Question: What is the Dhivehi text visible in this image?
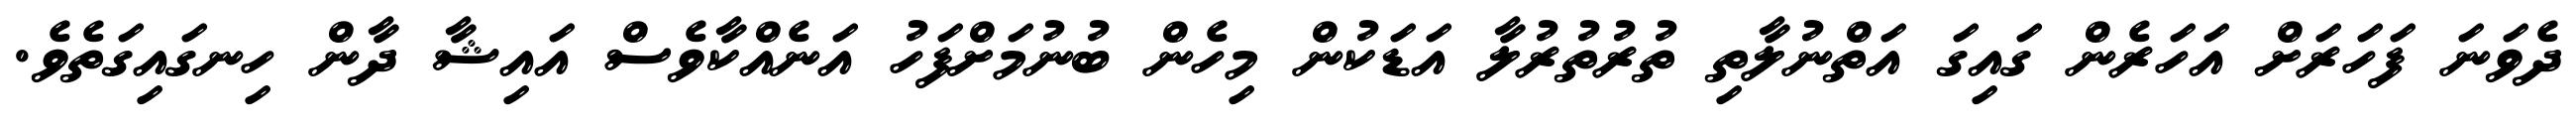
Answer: ދެވަނަ ފަހަރަށް އަހަރެން ގައިގަ އަތްނުލާތި ތުރުތުރުލާ އަޑަކުން މިހެން ބުނުމަށްފަހު އަނެއްކާވެސް އައިޝާ ދާން ހިނގައިގަތެވެ.